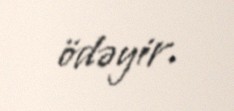
ödəyir.